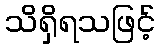
သိရှိရသဖြင့်